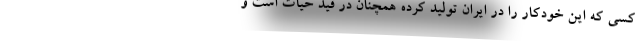
کسی که این خودکار را در ایران تولید کرده همچنان در قید حیات است و